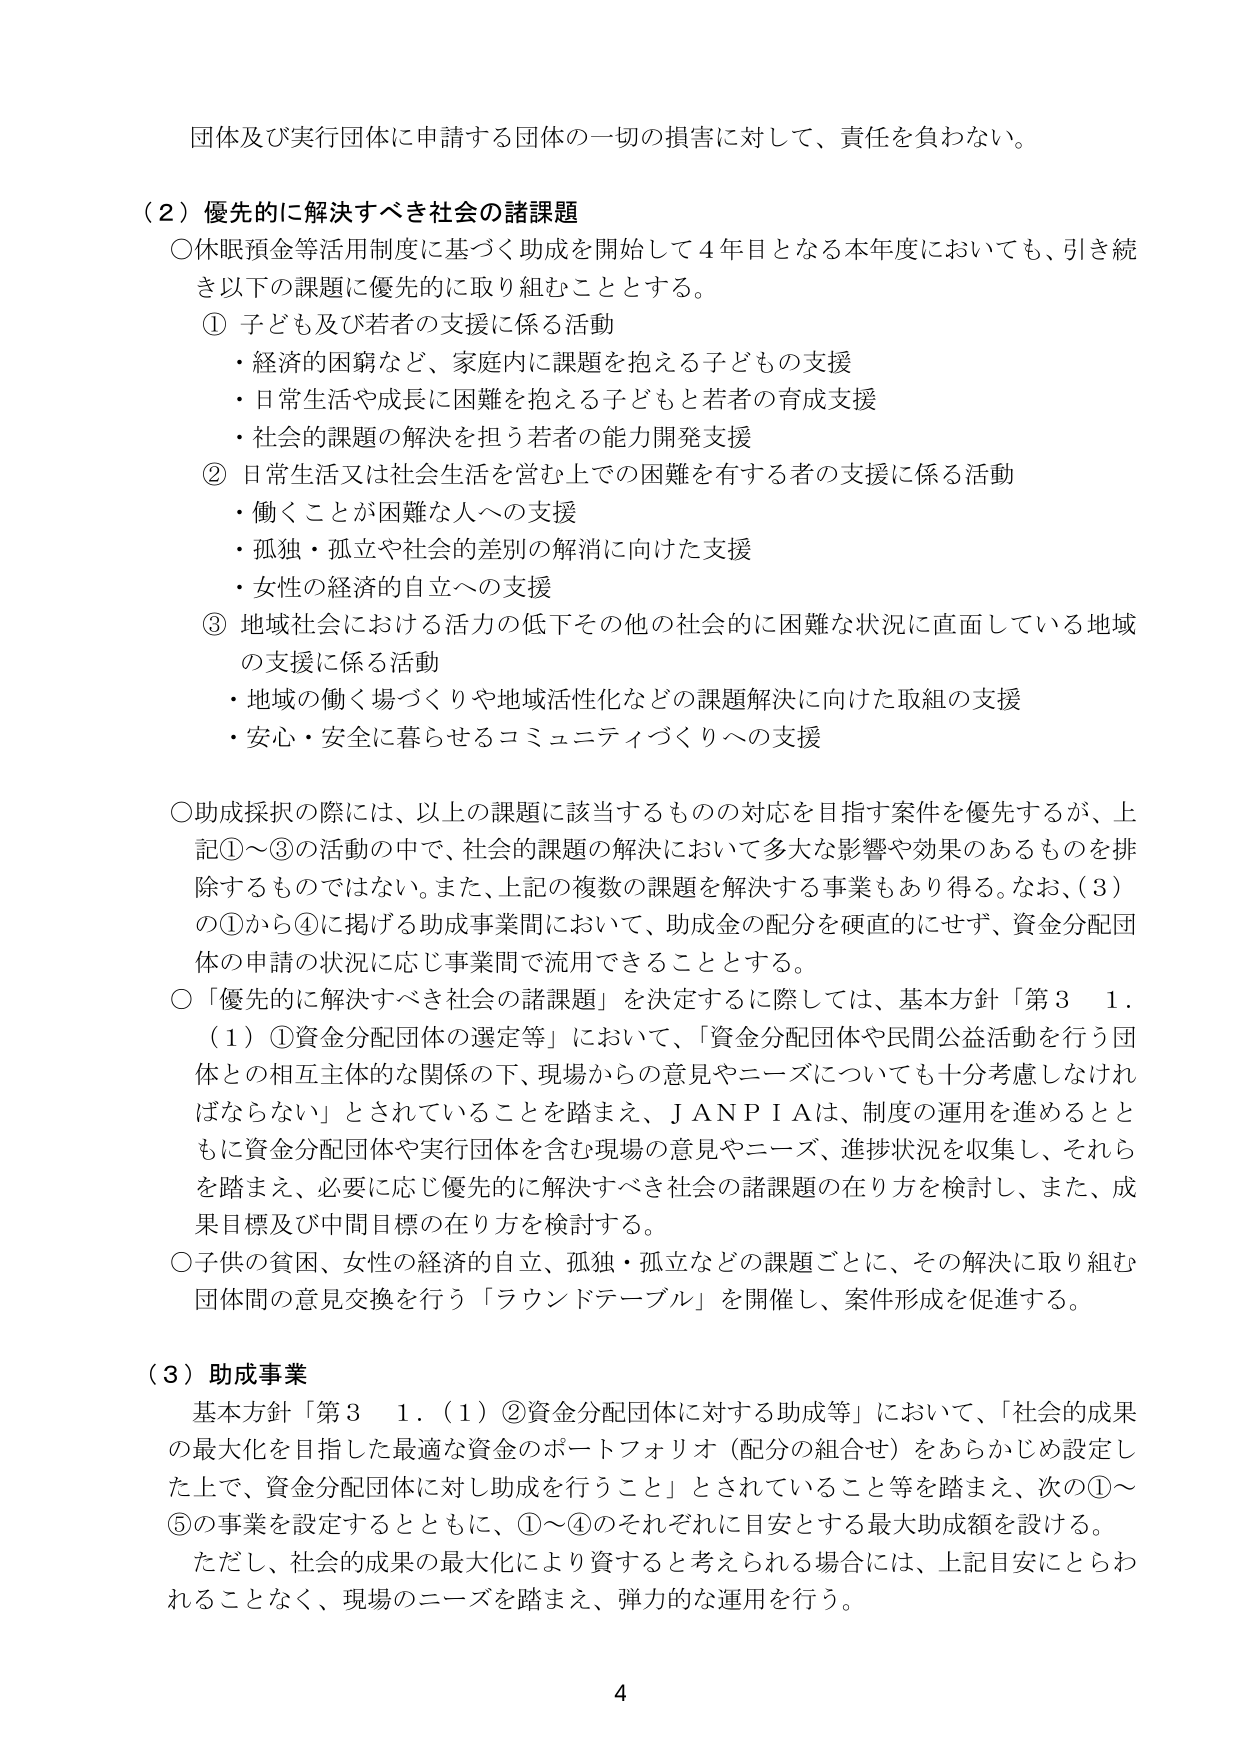
団体及び実行団体に申請する団体の一切の損害に対して、責任を負わない。

（２）優先的に解決すべき社会の諸課題
○休眠預金等活用制度に基づく助成を開始して４年目となる本年度においても、引き続き以下の課題に優先的に取り組むこととする。
　① 子ども及び若者の支援に係る活動
　　・経済的困窮など、家庭内に課題を抱える子どもの支援
　　・日常生活や成長に困難を抱える子どもと若者の育成支援
　　・社会的課題の解決を担う若者の能力開発支援
　② 日常生活又は社会生活を営む上での困難を有する者の支援に係る活動
　　・働くことが困難な人への支援
　　・孤独・孤立や社会的差別の解消に向けた支援
　　・女性の経済的自立への支援
　③ 地域社会における活力の低下その他の社会的に困難な状況に直面している地域の支援に係る活動
　　・地域の働く場づくりや地域活性化などの課題解決に向けた取組の支援
　　・安心・安全に暮らせるコミュニティづくりへの支援

○助成採択の際には、以上の課題に該当するものの対応を目指す案件を優先するが、上記①～③の活動の中で、社会的課題の解決において多大な影響や効果のあるものを排除するものではない。また、上記の複数の課題を解決する事業もあり得る。なお、（３）の①から④に掲げる助成事業間において、助成金の配分を硬直的にせず、資金分配団体の申請の状況に応じ事業間で流用できることとする。

○「優先的に解決すべき社会の諸課題」を決定するに際しては、基本方針「第３　１．（１）①資金分配団体の選定等」において、「資金分配団体や民間公益活動を行う団体との相互主体的な関係の下、現場からの意見やニーズについても十分考慮しなければならない」とされていることを踏まえ、ＪＡＮＰＩＡは、制度の運用を進めるとともに資金分配団体や実行団体を含む現場の意見やニーズ、進捗状況を収集し、それらを踏まえ、必要に応じ優先的に解決すべき社会の諸課題の在り方を検討し、また、成果目標及び中間目標の在り方を検討する。

○子供の貧困、女性の経済的自立、孤独・孤立などの課題ごとに、その解決に取り組む団体間の意見交換を行う「ラウンドテーブル」を開催し、案件形成を促進する。

（３）助成事業
　基本方針「第３　１．（１）②資金分配団体に対する助成等」において、「社会的成果の最大化を目指した最適な資金のポートフォリオ（配分の組合せ）をあらかじめ設定した上で、資金分配団体に対し助成を行うこと」とされていること等を踏まえ、次の①～⑤の事業を設定するとともに、①～④のそれぞれに目安とする最大助成額を設ける。
　ただし、社会的成果の最大化により資すると考えられる場合には、上記目安にとらわれることなく、現場のニーズを踏まえ、弾力的な運用を行う。

4